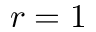
r = 1